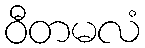
ဝီတမလံ